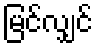
မြင်လျှင်